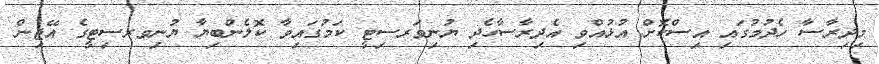
މިދިރާސާ ހެދުމުގައި އިސްކޮށް އުޅުއްވި އެދިރާސާހެދި ޔުނިވަރސިޓީ ކަމުގައިވާ ކޮލެންބިޔާ ޔުނިވރސިޓީގެ އޭޖިން